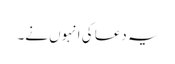
یہ دعا کی انہوں نے۔